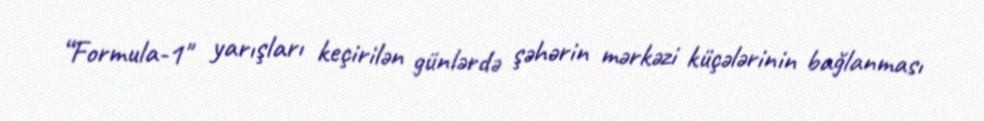
“Formula-1" yarışları keçirilən günlərdə şəhərin mərkəzi küçələrinin bağlanması